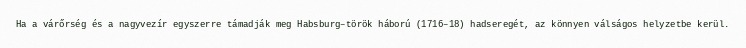
Ha a várőrség és a nagyvezír egyszerre támadják meg Habsburg–török háború (1716–18) hadseregét, az könnyen válságos helyzetbe kerül.